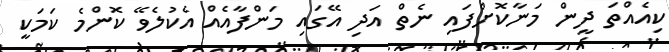
ކިއެއްތަ ދީން މަނާކޮށްފައި ނެތް އަދި އޭގައި މަންފާއެއް އެކުލެވޭ ކޮންމެ ކަމަކީ